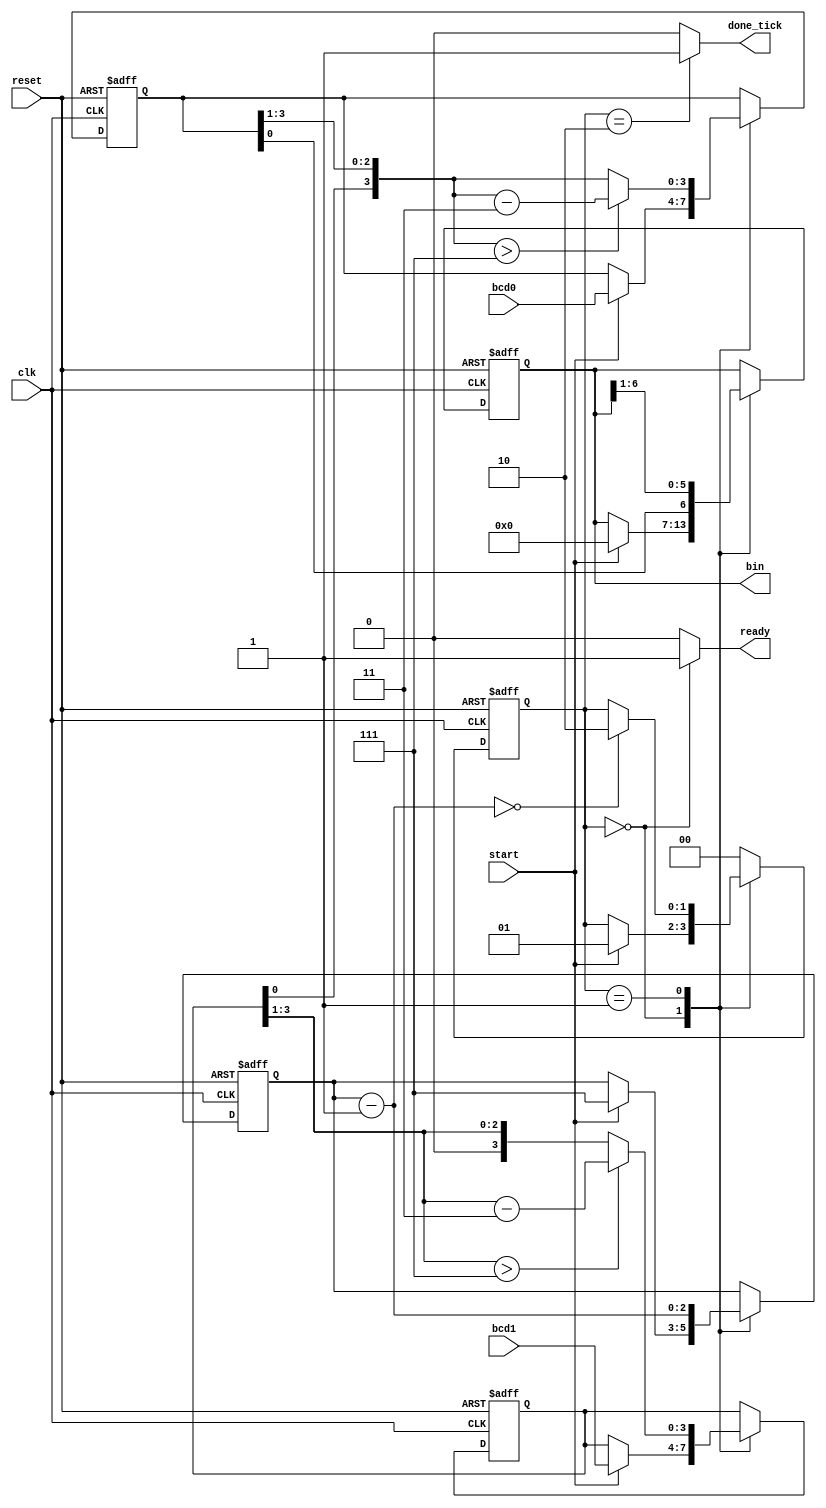
module BCD_to_binary(
    input clk, reset,
    input start,
    input [3:0] bcd1, bcd0, 
    output reg ready, done_tick,
    output [6:0] bin
    );
    
    //state declarations
    localparam [1:0] idle = 2'b00,
                     op = 2'b01,
                     done = 2'b10;
    
    //signal declaration
    reg [1:0] state_reg, state_next;
    reg [6:0] bin_reg, bin_next;
    reg [2:0] n_reg, n_next;
    reg [3:0] bcd1_reg, bcd0_reg;
    reg [3:0] bcd1_next, bcd0_next;
    wire [3:0] bcd1_temp, bcd0_temp;
    
    //FSMD state and data registers
    always @(posedge clk, posedge reset)
        if(reset)
            begin
                state_reg <= idle;
                bin_reg <= 0;
                n_reg <= 0;
                bcd1_reg <= 0;
                bcd0_reg <= 0;
            end
        else
            begin
                state_reg <= state_next;
                bin_reg <= bin_next;
                n_reg <= n_next;
                bcd1_reg <= bcd1_next;
                bcd0_reg <= bcd0_next;
            end
    
    //FSMD next state logic
    always @*
    begin
        //default values
        state_next = state_reg;
        ready = 1'b0;
        done_tick = 1'b0;
        bin_next = bin_reg;
        bcd1_next = bcd1_reg;
        bcd0_next = bcd0_reg;
        n_next = n_reg;
        
        case(state_reg)
            idle: 
                begin
                    ready = 1'b1;
                    if(start)
                        begin
                            state_next = op;
                            bcd0_next = bcd0; 
                            bcd1_next = bcd1; 
                            n_next = 3'b111;  //index to decrement in op state
                            bin_next = 0;     //binary reg to shift into
                        end
                end
            op: 
                begin
                
                bcd0_next = (bcd0_temp > 7) ? bcd0_temp - 3 : bcd0_temp;
                bcd1_next = (bcd1_temp > 7) ? bcd1_temp - 3 : bcd1_temp;
                
                bin_next = {bcd0_reg[0], bin_reg[6:1]};
                
                n_next = n_next - 1;
                if(n_next == 0)
                    state_next = done;
                end
            done: 
                begin
                    done_tick = 1'b1;
                    state_next = idle;
                end
            default: state_next = idle;
        endcase
    end
    
    
    //data path function units
    assign bcd0_temp = {bcd1_reg[0], bcd0_reg[3:1]};
    assign bcd1_temp = {1'b0, bcd1_reg[3:1]};
    
    //output
    assign bin = bin_reg;
    
endmodule